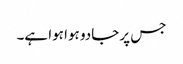
جس پر جادو ہوا ہوا ہے۔